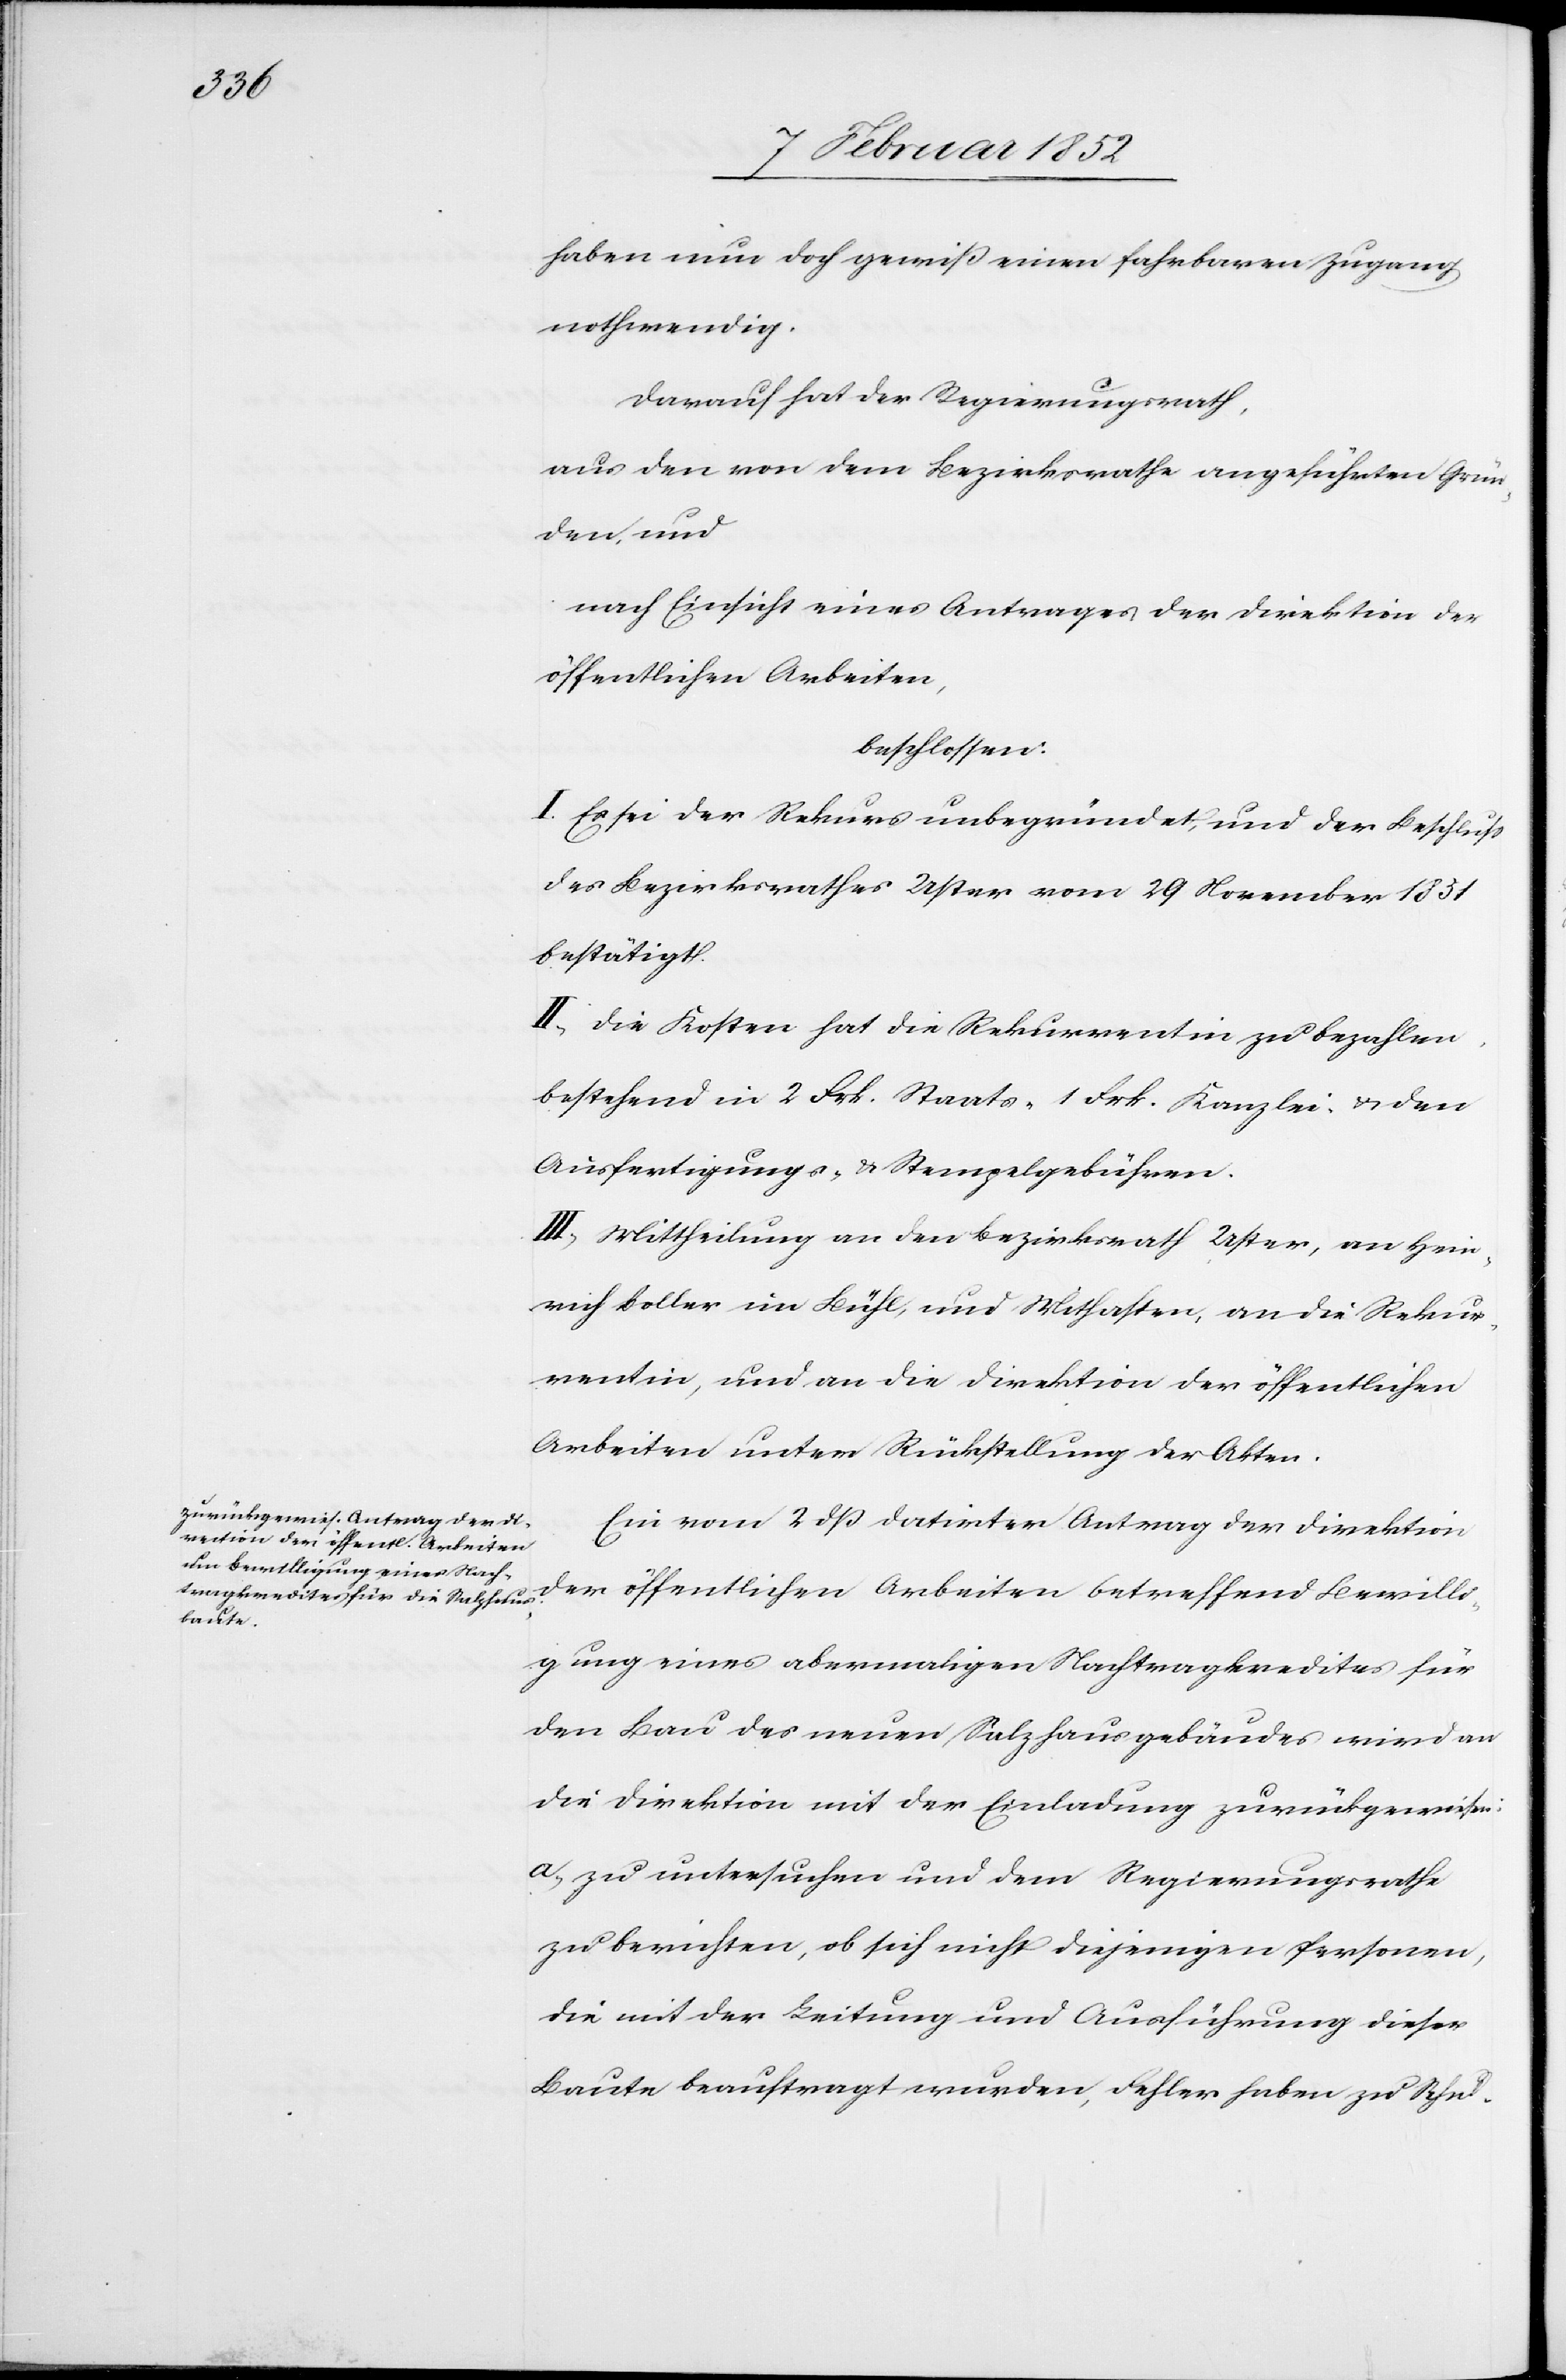
haben nun doch gewiß einen fahrbaren Zugang
nothwendig.
Darauf hat der Regierungsrath,
aus den von dem Bezirksrathe angeführten Grün¬
den, und
nach Einsicht eines Antrages der Direktion der
öffentlichen Arbeiten,
beschlossen:
I. Es sei der Rekurs unbegründet, und der Beschluß
des Bezirksrathes Uster vom 29 November 1851
bestätigt.
II. Die Kosten hat die Rekurrentin zu bezahlen,
bestehend in 2 Frk. Staats- 1 Frk. Kanzlei u. den
Ausfertigungs- u. Stempelgebühren.
III. Mittheilung an den Bezirksrath Uster, an Hein¬
rich Boller in Bühl, und Mithaften, an die Rekur¬
rentin, und an die Direktion der öffentlichen
Arbeiten unter Rückstellung der Akten.
Ein vom 2 dß datirter Antrag der Direktion
der öffentlichen Arbeiten betreffend Bewilli¬
gung eines abermaligen Nachtragkredites für
den Bau des neuen Salzhausgebäudes wird an
die Direktion mit der Einladung zurückgewiesen:
a.) zu untersuchen und dem Regierungsrathe
zu berichten, ob sich nicht diejenigen Personen,
die mit der Leitung und Ausführung dieser
Baute beauftragt wurden, Fehler haben zu Schul-